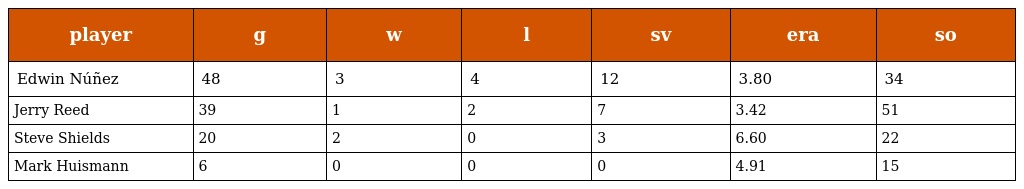
| player | g | w | l | sv | era | so |
 | --- | --- | --- | --- | --- | --- | --- |
 | Edwin Núñez | 48 | 3 | 4 | 12 | 3.80 | 34 |
 | Jerry Reed | 39 | 1 | 2 | 7 | 3.42 | 51 |
 | Steve Shields | 20 | 2 | 0 | 3 | 6.60 | 22 |
 | Mark Huismann | 6 | 0 | 0 | 0 | 4.91 | 15 |